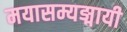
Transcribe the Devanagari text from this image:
मयासम्यङ्मायी